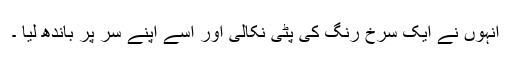
انہوں نے ایک سرخ رنگ کی پٹی نکالی اور اسے اپنے سر پر باندھ لیا ۔